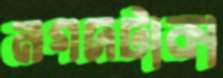
নগদটাকা